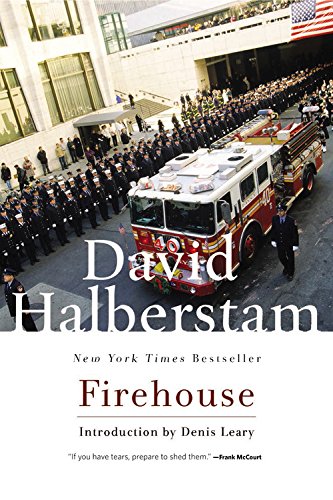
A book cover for Firehouse; David Halberstam; Politics & Social Sciences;